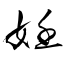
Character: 妊